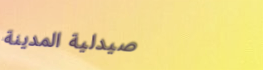
صيدلية المدينة